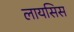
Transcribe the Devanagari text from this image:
लायसिस